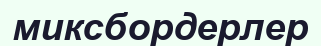
миксбордерлер